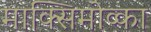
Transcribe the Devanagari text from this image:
माक्सिमोव्का